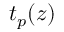
t _ { p } ( z )